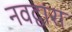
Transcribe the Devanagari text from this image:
नवद्वारा